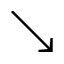
\searrow